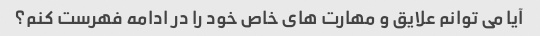
آیا می توانم علایق و مهارت های خاص خود را در ادامه فهرست کنم؟